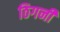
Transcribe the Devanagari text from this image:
ठिगनी